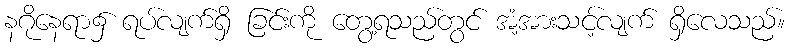
နဂိုနေရာ၌ ရပ်လျက်ရှိ ခြင်းကို တွေ့ရသည်တွင် အံ့အားသင့်လျက် ရှိလေသည်။